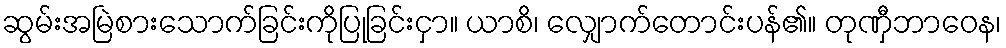
ဆွမ်းအမြဲစားသောက်ခြင်းကိုပြုခြင်းငှာ။ ယာစိ၊ လျှောက်တောင်းပန်၏။ တုဏှီဘာဝေန၊